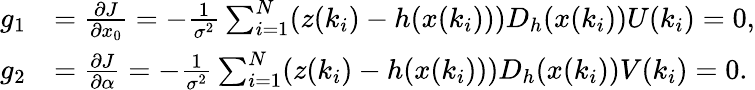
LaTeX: \begin{array}{rl}{g_{1}}&{=\frac{\partial J}{\partial x_{0}}=-\frac{1}{\sigma^{2}}\sum_{i=1}^{N}(z(k_{i})-h(x(k_{i})))D_{h}(x(k_{i}))U(k_{i})=0,}\\ {g_{2}}&{=\frac{\partial J}{\partial\alpha}=-\frac{1}{\sigma^{2}}\sum_{i=1}^{N}(z(k_{i})-h(x(k_{i})))D_{h}(x(k_{i}))V(k_{i})=0.}\end{array}